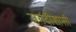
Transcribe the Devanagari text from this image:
जगदीशासी